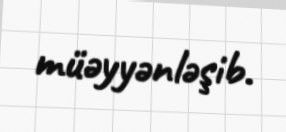
müəyyənləşib.